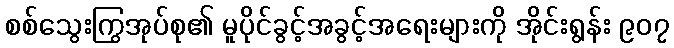
စစ်သွေးကြွအုပ်စု၏ မူပိုင်ခွင့်အခွင့်အရေးများကို အိုင်းရွန်း ၉၀၇